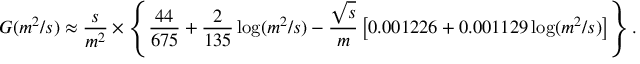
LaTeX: G ( m ^ { 2 } / s ) \approx { \frac { s } { m ^ { 2 } } } \times \left\{ { \frac { 4 4 } { 6 7 5 } } + { \frac { 2 } { 1 3 5 } } \log ( m ^ { 2 } / s ) - { \frac { \sqrt { s } } { m } } \left[ 0 . 0 0 1 2 2 6 + 0 . 0 0 1 1 2 9 \log ( m ^ { 2 } / s ) \right] \right\} .